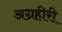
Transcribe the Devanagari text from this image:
अग्रहीरी